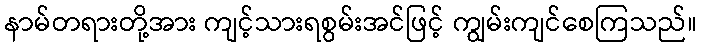
နာမ်တရားတို့အား ကျင့်သားရစွမ်းအင်ဖြင့် ကျွမ်းကျင်စေကြသည်။